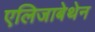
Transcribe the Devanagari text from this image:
एलिजाबेथेन